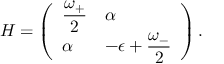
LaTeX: H = \left( \begin{array} { l l } { { \displaystyle { \frac { \omega _ { + } } { 2 } } } } & { { \alpha } } \\ { { \alpha } } & { { \displaystyle - \epsilon + { \frac { \omega _ { - } } { 2 } } } } \end{array} \right) .